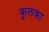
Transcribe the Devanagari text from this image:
कुलका